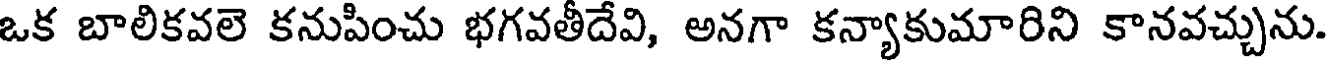
ఒక బాలికవలె కనుపించు భగవతీదేవి, అనగా కన్యాకుమారిని కానవచ్చును.